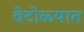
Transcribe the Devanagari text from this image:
वेटोळ्यात